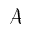
\mathcal { A }